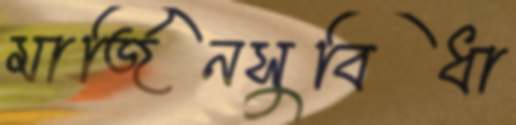
মার্জিনসুবিধা